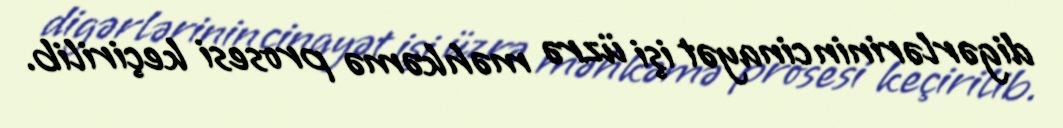
digərlərinin cinayət işi üzrə məhkəmə prosesi keçirilib.